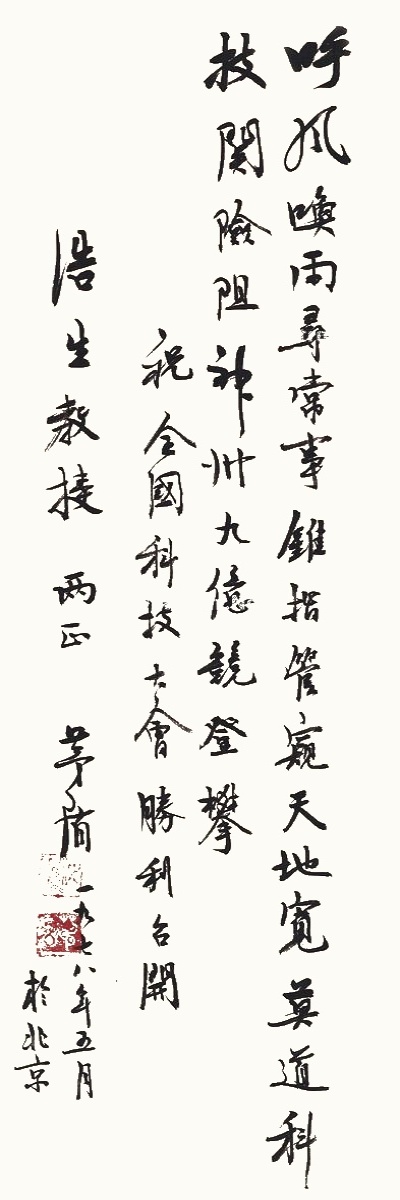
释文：呼风唤雨寻常事，锥指管窥天地宽。奠道科技关险阻，神州九亿竞登攀。祝全国科技大会胜利召开。浩生教授两正。茅盾一九七八年五月于北京。